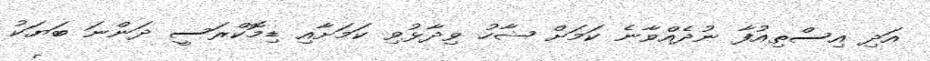
އަދި އިސްތިއުފާ ނުދެއްވާނެ ކަމަށް ޝާހު ވިދާޅުވި ކަމަށާއި ޑިމޮކްރަސީ ދަންނަ ބަޔަކު